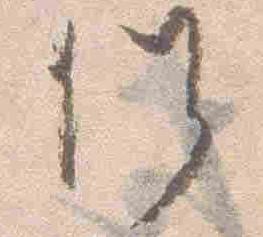
候